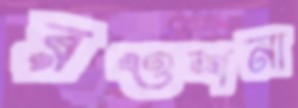
রওশনা